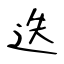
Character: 迭